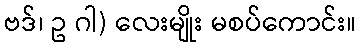
ဗဒ်၊ ဥ ဂါ) လေးမျိုး မစပ်ကောင်း။